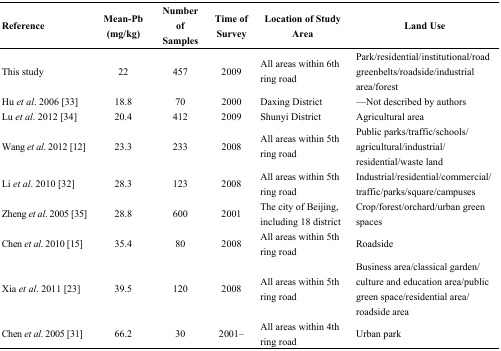
<table><thead><tr><td><b>Reference</b></td><td><b>Mean-Pb (mg/kg)</b></td><td><b>Number of Samples</b></td><td><b>Time of Survey</b></td><td><b>Location of Study Area</b></td><td><b>Land Use</b></td></tr></thead><tbody><tr><td>This study</td><td>22</td><td>457</td><td>2009</td><td>All areas within 6th ring road</td><td>Park/residential/institutional/roadgreenbelts/roadside/industrial area/forest </td></tr><tr><td>Hu <i>et al</i>. 2006 [33]</td><td>18.8</td><td>70</td><td>2000</td><td>Daxing District</td><td>—Not described by authors</td></tr><tr><td>Lu <i>et al</i>. 2012 [34]</td><td>20.4</td><td>412</td><td>2009</td><td>Shunyi District</td><td>Agricultural area</td></tr><tr><td>Wang <i>et al</i>. 2012 [12]</td><td>23.3</td><td>233</td><td>2008</td><td>All areas within 5th ring road</td><td>Public parks/traffic/schools/agricultural/industrial/residential/waste land</td></tr><tr><td>Li <i>et al</i>. 2010 [32]</td><td>28.3</td><td>123</td><td>2008</td><td>All areas within 5th ring road</td><td>Industrial/residential/commercial/traffic/parks/square/campuses</td></tr><tr><td>Zheng <i>et al</i>. 2005 [35]</td><td>28.8</td><td>600</td><td>2001</td><td>The city of Beijing, including 18 district</td><td>Crop/forest/orchard/urban green spaces</td></tr><tr><td>Chen <i>et al</i>. 2010 [15]</td><td>35.4</td><td>80</td><td>2008</td><td>All areas within 5th ring road</td><td>Roadside</td></tr><tr><td>Xia <i>et al</i>. 2011 [23]</td><td>39.5</td><td>120</td><td>2008</td><td>All areas within 5th ring road</td><td>Business area/classical garden/culture and education area/public green space/residential area/roadside area</td></tr><tr><td>Chen <i>et al</i>. 2005 [31]</td><td>66.2</td><td>30</td><td>2001–</td><td>All areas within 4th ring road</td><td>Urban park</td></tr></tbody></table>